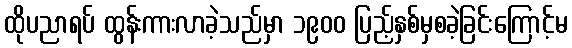
ထိုပညာရပ် ထွန်းကားလာခဲ့သည်မှာ ၁၉၀၀ ပြည့်နှစ်မှစခဲ့ခြင်းကြောင့်မ